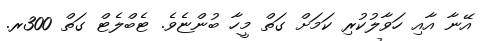
އޭނާ އާއި ހަވާލުކުރި ކަމަށް ގަތް މީހާ ބުންޏެވެ. ޓެބްލެޓް ގަތް 300ރ.